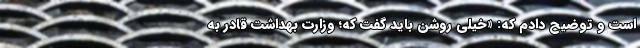
است و توضیح دادم که: «خیلی روشن باید گفت که؛ وزارت بهداشت قادر به